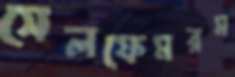
সেলফেমরম